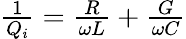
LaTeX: \begin{array}{r}{\frac{1}{Q_{i}}=\frac{R}{\omega L}+\frac{G}{\omega C}}\end{array}